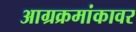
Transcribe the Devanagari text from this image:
आग्रक्रमांकावर